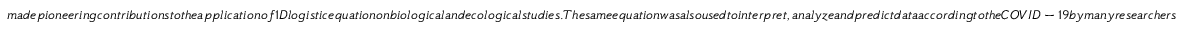
m a d e p i o n e e r i n g c o n t r i b u t i o n s t o t h e a p p l i c a t i o n o f 1 D l o g i s t i c e q u a t i o n o n b i o l o g i c a l a n d e c o l o g i c a l s t u d i e s . T h e s a m e e q u a t i o n w a s a l s o u s e d t o i n t e r p r e t , a n a l y z e a n d p r e d i c t d a t a a c c o r d i n g t o t h e C O V I D - 1 9 b y m a n y r e s e a r c h e r s